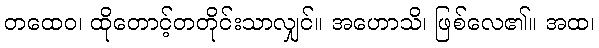
တထေဝ၊ ထိုတောင့်တတိုင်းသာလျှင်။ အဟောသိ၊ ဖြစ်လေ၏။ အထ၊